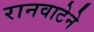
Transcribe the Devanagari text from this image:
रानवाटेने